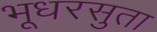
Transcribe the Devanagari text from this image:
भूधरसुता